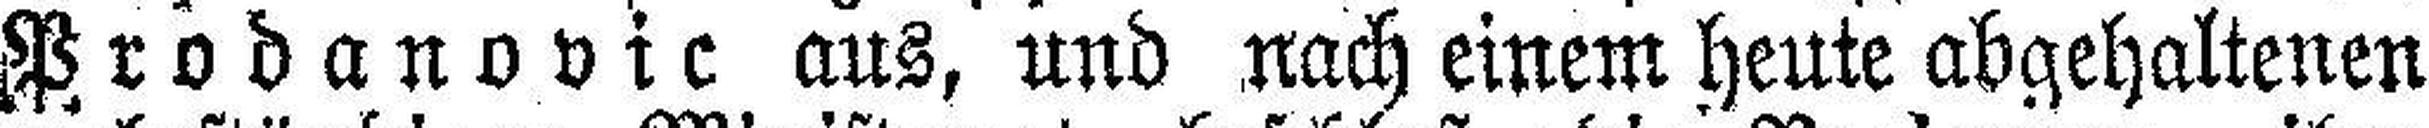
Prodanovic aus, und nach einem heute abgehaltenen